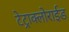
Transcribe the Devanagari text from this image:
टेट्राक्लोराईड